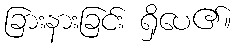
ခြားနားခြင်း ရှိပေ၏။